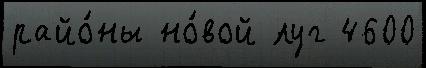
райо́ны но́вой луг 4600